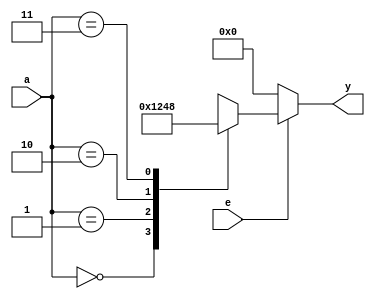
module dec24(input e,input [1:0]a,output reg [3:0]y);
 always @(e,a) begin
 if(e)begin
 case(a)
 2'b00:y=4'b0001;
 2'b01:y=4'b0010;
 2'b10:y=4'b0100;
 2'b11:y=4'b1000;
 endcase
 end
 else
 y=4'b0000;
 end
endmodule


module tbx;
 reg e;
 reg [1:0]a;
 wire [3:0]y;
 dec24 dec(e,a,y);
 initial begin
 e=0;
 #10 e=1;a=0;
 #10 a=1;
 #10 a=2;
 #10 a=3;
 #50 $finish();
 end
 initial
 $monitor($time,"e=%b,a=%b,y=%b",e,a,y);
endmodule